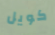
كويل